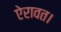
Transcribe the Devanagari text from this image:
ऐरावत।